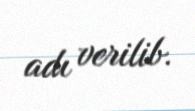
adı verilib.